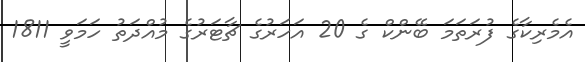
އެމެރިކާގެ ފުރަތަމަ ބޭންކް ގެ 20 އަހަރުގެ ޗާޓަރުގެ މުއްދަތު ހަމަވީ 1811